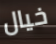
خيال